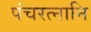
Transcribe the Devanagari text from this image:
पंचरत्नानि